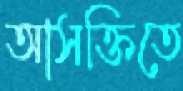
আসক্তিতে